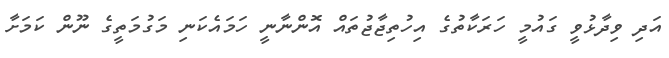
އަދި ވިދާޅުވީ ގައުމީ ހަރަކާތުގެ އިހުތިޖާޖުތައް އޮންނާނީ ހަމައެކަނި މަގުމަތީގެ ނޫން ކަމަށާ